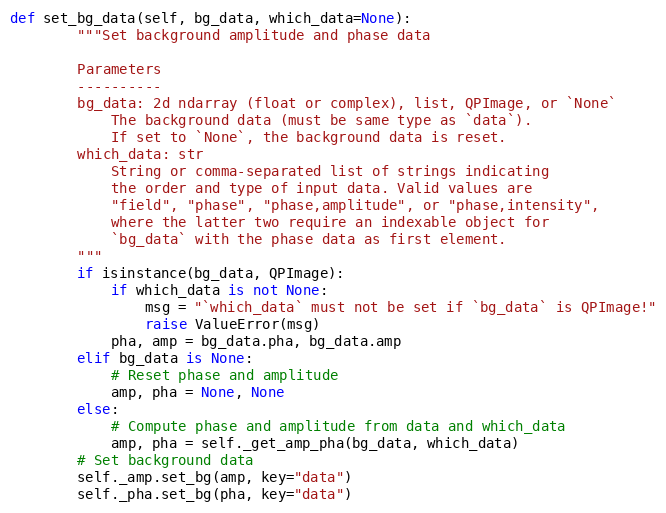
Language: Python
def set_bg_data(self, bg_data, which_data=None):
        """Set background amplitude and phase data

        Parameters
        ----------
        bg_data: 2d ndarray (float or complex), list, QPImage, or `None`
            The background data (must be same type as `data`).
            If set to `None`, the background data is reset.
        which_data: str
            String or comma-separated list of strings indicating
            the order and type of input data. Valid values are
            "field", "phase", "phase,amplitude", or "phase,intensity",
            where the latter two require an indexable object for
            `bg_data` with the phase data as first element.
        """
        if isinstance(bg_data, QPImage):
            if which_data is not None:
                msg = "`which_data` must not be set if `bg_data` is QPImage!"
                raise ValueError(msg)
            pha, amp = bg_data.pha, bg_data.amp
        elif bg_data is None:
            # Reset phase and amplitude
            amp, pha = None, None
        else:
            # Compute phase and amplitude from data and which_data
            amp, pha = self._get_amp_pha(bg_data, which_data)
        # Set background data
        self._amp.set_bg(amp, key="data")
        self._pha.set_bg(pha, key="data")